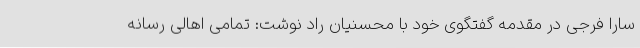
سارا فرجی در مقدمه گفتگوی خود با محسنیان راد نوشت: تمامی اهالی رسانه